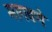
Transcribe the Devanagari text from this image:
मागवणे